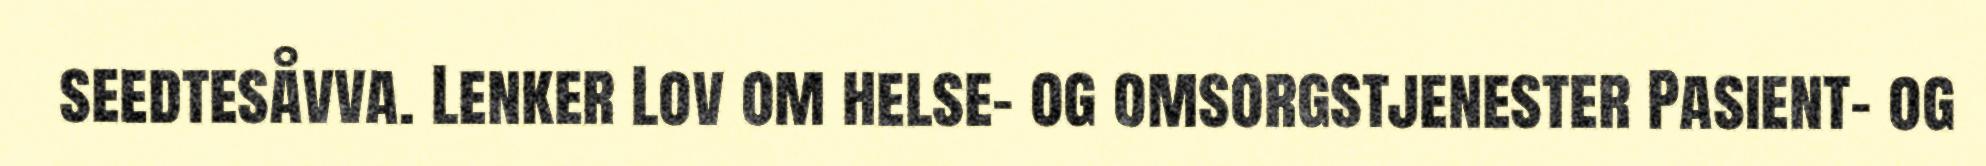
seedtesåvva. Lenker Lov om helse- og omsorgstjenester Pasient- og